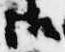
御